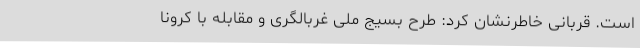
است. قربانی خاطرنشان کرد: طرح بسیج ملی غربالگری و مقابله با کرونا